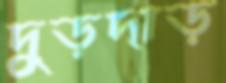
দুড়দাড়